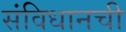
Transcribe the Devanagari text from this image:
संविधानची